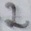
Text: 2